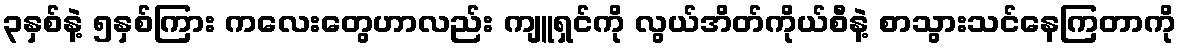
၃နှစ်နဲ့ ၅နှစ်ကြား ကလေးတွေဟာလည်း ကျူရှင်ကို လွယ်အိတ်ကိုယ်စီနဲ့ စာသွားသင်နေကြတာကို